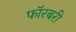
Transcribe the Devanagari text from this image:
फॉरबरी